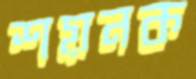
শয়নক